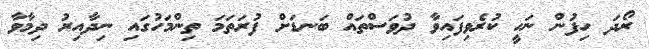
ރޯދަ ހިފުން ނަހީ ކުރެވިފައިވާ ދުވަސްތައް ބަނޑަށް ފުރަތަމަ ތިންމަހުގައި ނިދާއިރު ދިމާވާ